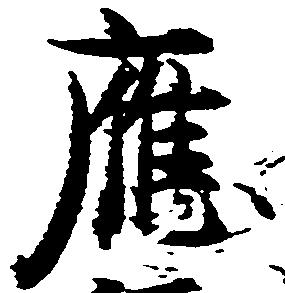
応